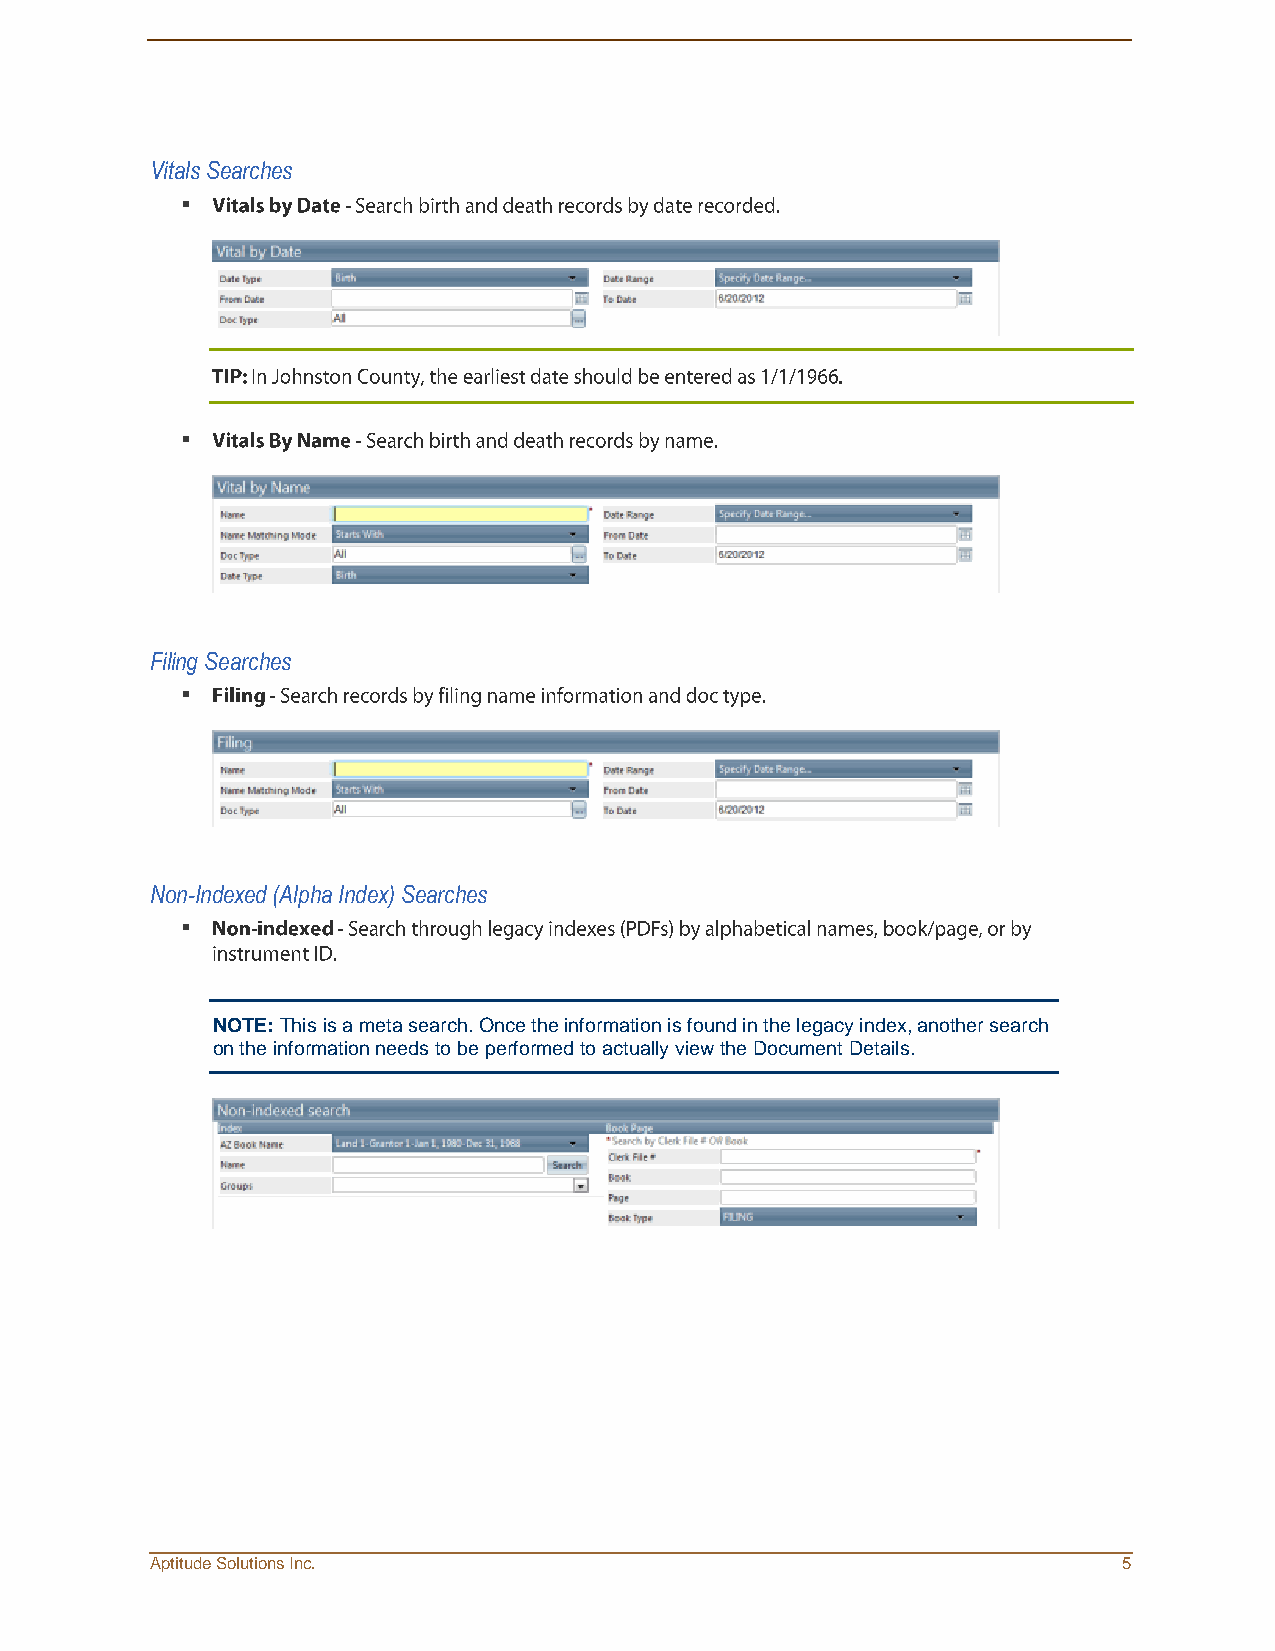
Vitals Searches
 
 
 Filing Searches
 
 Non-Indexed (Alpha Index) Searches
 
 NOTE: This is a meta search. Once the information is found in the legacy index, another search
 on the information needs to be performed to actually view the Document Details.
 Aptitude Solutions Inc.                                         5